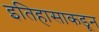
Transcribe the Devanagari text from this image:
इतिहासाकडून